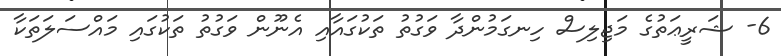
6- ޝަރީޢަތުގެ މަޖިލިސް ހިނގަމުންދާ ވަގުތު ތަކުގައާއި އެނޫން ވަގުތު ތަކުގައި މައްސަލަތަކާ